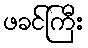
ဖခင်ကြီး